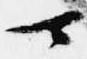
可